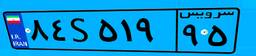
۸۴S۵۱۹۹۵